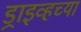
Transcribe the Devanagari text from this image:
ड्राइव्हच्या